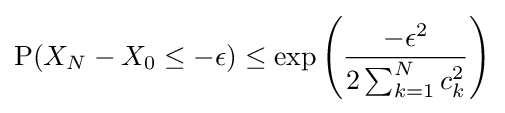
{\text{P}}(X_{N}-X_{0}\leq -\epsilon )\leq \exp \left({-\epsilon ^{2} \over 2\sum _{k=1}^{N}c_{k}^{2}}\right)